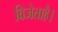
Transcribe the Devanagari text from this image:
विजेताहै।